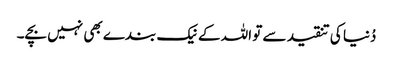
دُنیا کی تنقید سے تو اللہ کے نیک بندے بھی نہیں بچے۔